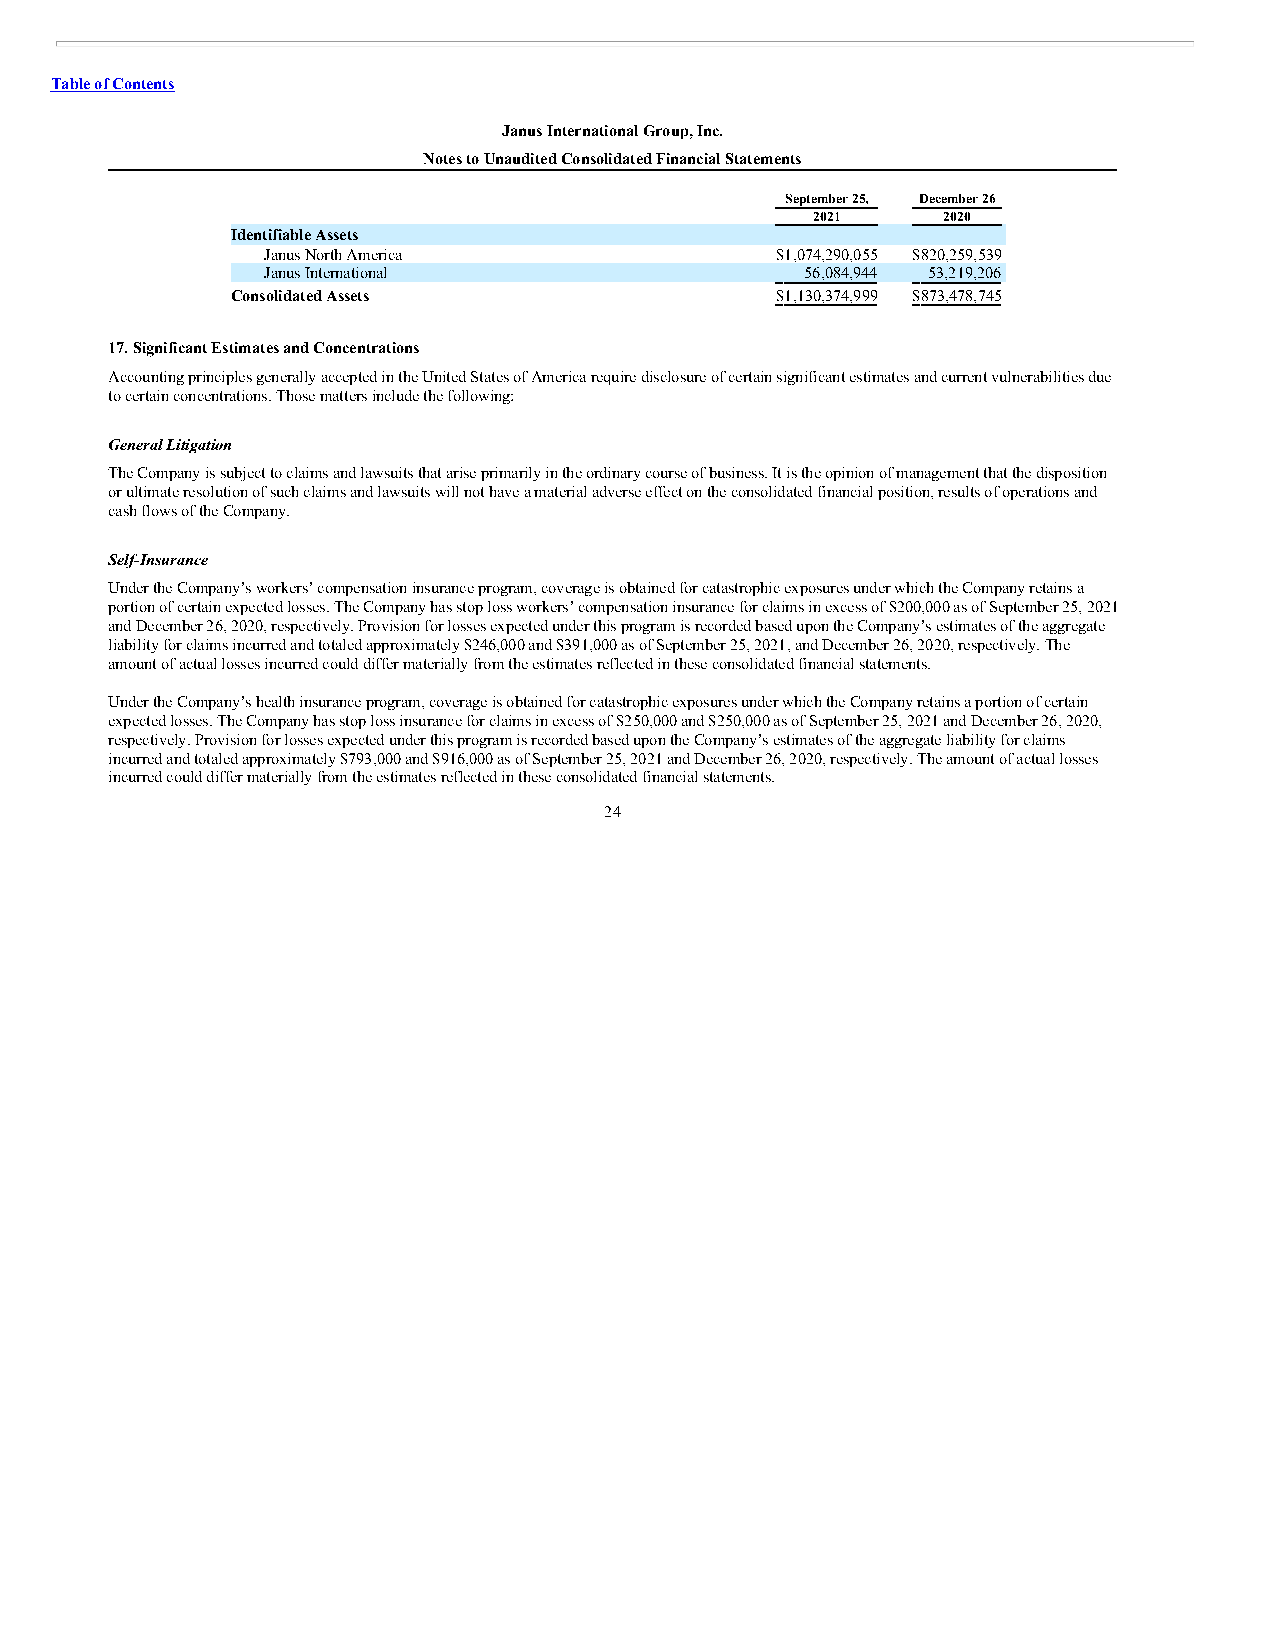
Table of Contents
 Janus International Group, Inc.
 Notes to Unaudited Consolidated Financial Statements
 September 25, December 26
 2021    2020
 Identifiable Assets
 Janus North America              $1,074,290,055 $820,259,539
 Janus International                56,084,944 53,219,206
 Consolidated Assets                 $1,130,374,999 $873,478,745
 17. Significant Estimates and Concentrations
 Accounting principles generally accepted in the United States of America require disclosure of certain significant estimates and current vulnerabilities due
 to certain concentrations. Those matters include the following:
 General Litigation
 The Company is subject to claims and lawsuits that arise primarily in the ordinary course of business. It is the opinion of management that the disposition
 or ultimate resolution of such claims and lawsuits will not have a material adverse effect on the consolidated financial position, results of operations and
 cash flows of the Company.
 Self-Insurance
 Under the Company’s workers’ compensation insurance program, coverage is obtained for catastrophic exposures under which the Company retains a
 portion of certain expected losses. The Company has stop loss workers’ compensation insurance for claims in excess of $200,000 as of September 25, 2021
 and December 26, 2020, respectively. Provision for losses expected under this program is recorded based upon the Company’s estimates of the aggregate
 liability for claims incurred and totaled approximately $246,000 and $391,000 as of September 25, 2021, and December 26, 2020, respectively. The
 amount of actual losses incurred could differ materially from the estimates reflected in these consolidated financial statements.
 Under the Company’s health insurance program, coverage is obtained for catastrophic exposures under which the Company retains a portion of certain
 expected losses. The Company has stop loss insurance for claims in excess of $250,000 and $250,000 as of September 25, 2021 and December 26, 2020,
 respectively. Provision for losses expected under this program is recorded based upon the Company’s estimates of the aggregate liability for claims
 incurred and totaled approximately $793,000 and $916,000 as of September 25, 2021 and December 26, 2020, respectively. The amount of actual losses
 incurred could differ materially from the estimates reflected in these consolidated financial statements.
 24